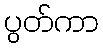
ပွတ်ကာ